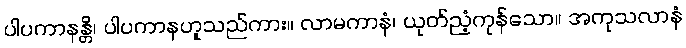
ပါပကာနန္တိ၊ ပါပကာနဟူသည်ကား။ လာမကာနံ၊ ယုတ်ညံ့ကုန်သော။ အကုသလာနံ